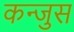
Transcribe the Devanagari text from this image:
कन्जुस